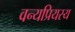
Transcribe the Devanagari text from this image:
वन्यप्रियस्य